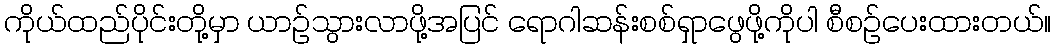
ကိုယ်ထည်ပိုင်းတို့မှာ ယာဉ်သွားလာဖို့အပြင် ရောဂါဆန်းစစ်ရှာဖွေဖို့ကိုပါ စီစဉ်ပေးထားတယ်။